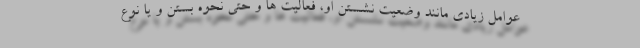
عوامل زیادی مانند وضعیت نشستن او، فعالیت ها و حتی نحوه بستن و یا نوع